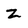
Character: Z